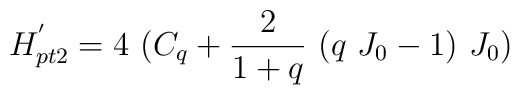
H_{pt2}^{^{\prime }}=4\ (C_{q}+\frac{2}{1+q}\ (q\ J_{0}-1)\ J_{0})